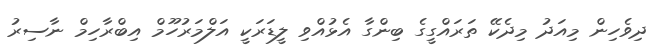
ދިވެހިން މިއަދު މިދެކޭ ތަަރައްގީގެ ބިންގާ އެޅުއްވި ލީޑަރަކީ އަލްމަރުހޫމް އިބްރާހިމް ނާސިރު